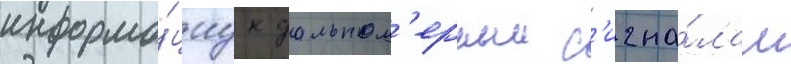
информа́циу к дальном'ерным с'игна́лам